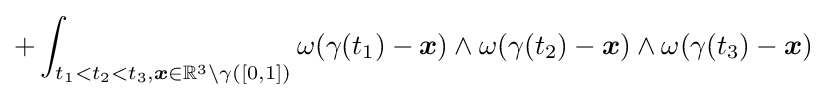
+\int _{t_{1}<t_{2}<t_{3},{\boldsymbol {x}}\in \mathbb {R} ^{3}\setminus \gamma ([0,1])}\omega (\gamma (t_{1})-{\boldsymbol {x}})\wedge \omega (\gamma (t_{2})-{\boldsymbol {x}})\wedge \omega (\gamma (t_{3})-{\boldsymbol {x}})